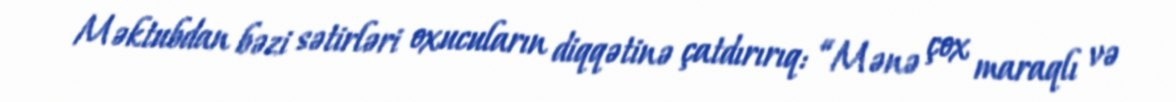
Məktubdan bəzi sətirləri oxucuların diqqətinə çatdırırıq: “Mənə çox maraqlı və